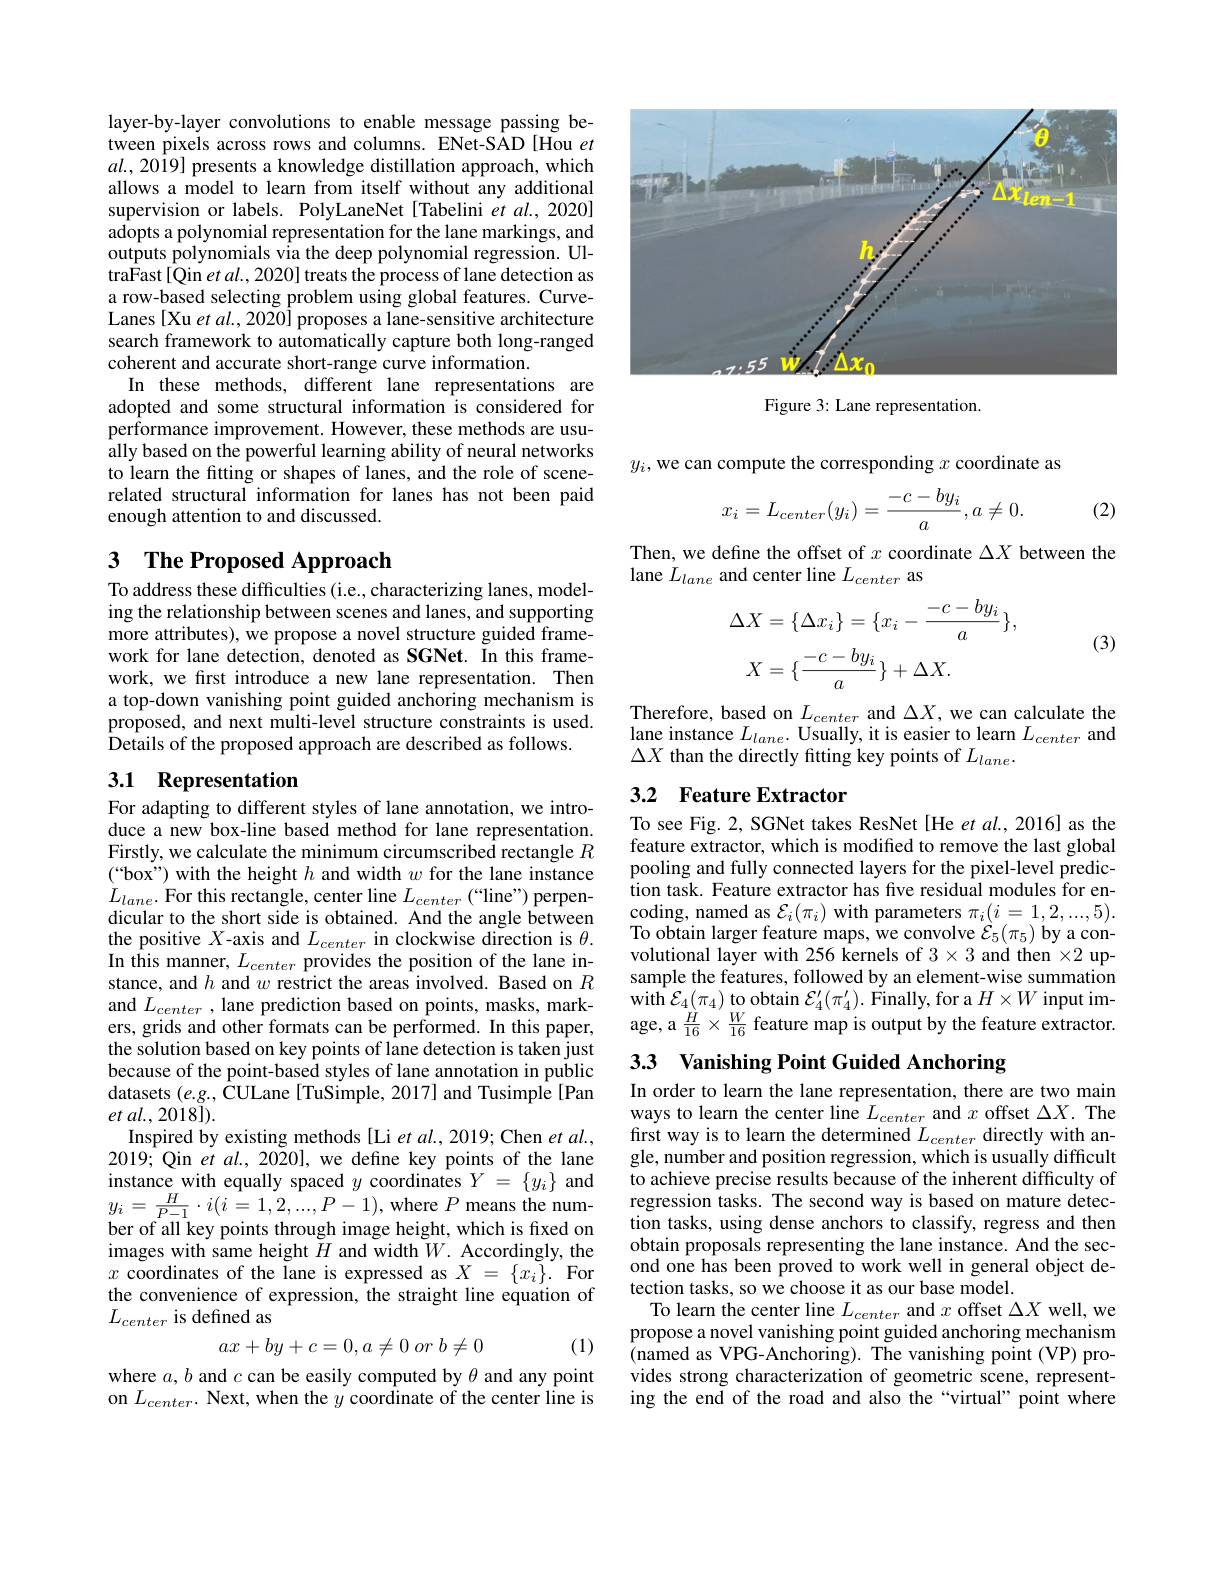
layer-by-layer convolutions to enable message passing between pixels across rows and columns. ENet-SAD [Hou $et$ $al.,2019]$ presents a knowledge distillation approach, which allows a model to learn from itself without any additional supervision or labels. PolyLaneNet[Tabelini et al., 2020] adopts a polynomial representation for the lane markings, and outputs polynomials via the deep polynomial regression. UltraFast[Qin et al., 2020] treats the process of lane detection as a row-based selecting problem using global features. CurveLanes [Xu et al., 2020] proposes a lane-sensitive architecture search framework to automatically capture both long-ranged coherent and accurate short-range curve information.
In these methods, different lane representations are adopted and some structural information is considered for performance improvement. However, these methods are usually based on the powerful learning ability of neural networks to learn the fitting or shapes of lanes, and the role of scenerelated structural information for lanes has not been paid enough attention to and discussed.

## 3 $\textbf{The Proposed Approach}$

To address these difficulties (i.e., characterizing lanes, modeling the relationship between scenes and lanes, and supporting more attributes), we propose a novel structure guided framework for lane detection, denoted as SGNet. In this framework, we first introduce a new lane representation. Then a top-down vanishing point guided anchoring mechanism is proposed, and next multi-level structure constraints is used. Details of the proposed approach are described as follows.

## 3.1 Representation

For adapting to different styles of lane annotation, we introduce a new box-line based method for lane representation. Firstly, we calculate the minimum circumscribed rectangle $R$ $(“$box") with the height $h$ and width $w$ for the lane instance $L_{lane}.$ For this rectangle, center line $L_center(“$line") perpendicular to the short side is obtained. And the angle between the positive $X$-axis and $L_center$ in clockwise direction is $\theta.$ In this manner, $L_center$ provides the position of the lane instance, and $h$ and $w$ restrict the areas involved. Based on $R$ and $L_{center}$ , lane prediction based on points, masks, markers, grids and other formats can be performed. In this paper, the solution based on key points of lane detection is taken just because of the point-based styles of lane annotation in public datasets $(e.g.,\bar{\text{CULane[TuSimple,2017]and Tusimple[Pan]}}$ et al., 2018]).
Inspired by existing methods [Li et al., 2019; Chen et al., 2019; Qin et $al.,2020]$,we define key points of the lane instance with equally spaced $y$ coordinates $Y=\{y_i\}$ and $y_{i}=\frac{H}{P-1}\cdot i(i=1,2,...,P-1)$,where $P$ means the number of all key points through image height, which is fixed on images with same height $H$ and width $W.$ Accordingly, the $x$ coordinates of the lane is expressed as $X=\{x_i\}.$ For the convenience of expression, the straight line equation of $L_{center}$ is defined as
(1)
$$ax+by+c=0,a\neq0\:or\:b\neq0$$
where $a,b$ and $c$ can be easily computed by $\theta$ and any point on $L_{center}.$ Next, when the $\dot{y}$ coordinate of the center line is

<FigureHere>

Figure 3: Lane representation.

$y_i$,we can compute the corresponding $x$ coordinate as
$$x_{i}=L_{center}(y_{i})=\frac{-c-by_{i}}{a},a\neq0.$$
(2)

Then, we define the offset of $x$ coordinate $\Delta X$ between the
lane $L_lane$ and center line $L_center$ as
$$\begin{aligned}\Delta X&=\{\Delta x_{i}\}=\{x_{i}-\frac{-c-by_{i}}{a}\},\\X&=\{\frac{-c-by_{i}}{a}\}+\Delta X.\end{aligned}$$
(3)

Therefore, based on $L_{center}$ and $\Delta X$, we can calculate the lane instance $L_lane.$ Usually, it is easier to learn $L_center$ and $\Delta X$ than the directly fitting key points of $L_lane.$

## 3.2 Feature Extractor

To see Fig. 2, SGNet takes ResNet [He et al., 2016] as the feature extractor, which is modified to remove the last global pooling and fully connected layers for the pixel-level prediction task. Feature extractor has five residual modules for encoding, named as $\mathcal{E} _{i}( \pi _{i})$ with parameters $\pi_i(i=1,2,...,5).$ To obtain larger feature maps, we convolve $\hat{\mathcal{E}}_5(\pi_5)$ by a convolutional layer with 256 kernels of $3\times3$ and then $\times2$ upsample the features, followed by an element-wise summation with $\mathcal{E}_4(\pi_4)$ to obtain $\mathcal{E}_4^\prime(\pi_4^\prime).$ Finally, for a $H\times W$ input image, a $\frac{H}{16}\times\frac{W}{16}$ feature map is output by the feature extractor.

3.3 Vanishing Point Guided Anchoring

In order to learn the lane representation, there are two main ways to learn the center line $L_center$ and $x$ offset $\Delta X.$ The first way is to learn the determined $L_center$ directly with angle, number and position regression, which is usually difficult to achieve precise results because of the inherent difficulty of regression tasks. The second way is based on mature detection tasks, using dense anchors to classify, regress and then obtain proposals representing the lane instance. And the second one has been proved to work well in general object detection tasks, so we choose it as our base model.
To learn the center line $L_center$ and $x$ offset $\Delta X$ well, we propose a novel vanishing point guided anchoring mechanism (named as VPG-Anchoring). The vanishing point (VP) provides strong characterization of geometric scene, representing the end of the road and also the“virtual”point where